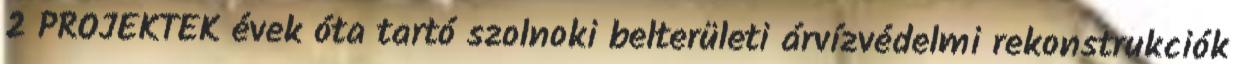
2 PROJEKTEK évek óta tartó szolnoki belterületi árvízvédelmi rekonstrukciók